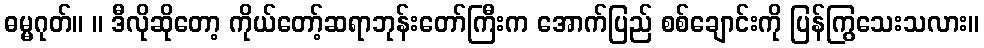
ဓမ္မဂုတ်။ ။ ဒီလိုဆိုတော့ ကိုယ်တော့်ဆရာဘုန်းတော်ကြီးက အောက်ပြည် စစ်ချောင်းကို ပြန်ကြွသေးသလား။